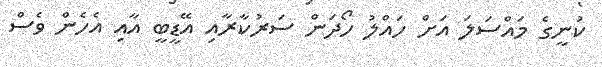
ކުނީގެ މައްސަލަ އަށް ހައްލު ހޯދަން ސަރުކާރާއި އޭޑީބީ އާއި އެހެން ވެސް